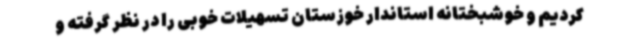
کردیم و خوشبختانه استاندار خوزستان تسهیلات خوبی را در نظر گرفته و